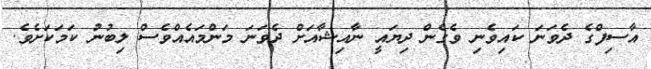
އާސިފްގެ ދެވަނަ ކައިވެނި ވެގެން ދިޔައީ ނާއިޝާއަށް ދެވަނަ މަންމައެއްވެސް ލިބުނު ކަމަކަށެވެ.